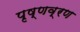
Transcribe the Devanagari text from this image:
पृष्णव्रण